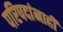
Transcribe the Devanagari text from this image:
परिषदांनाही